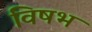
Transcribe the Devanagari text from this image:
विषभ